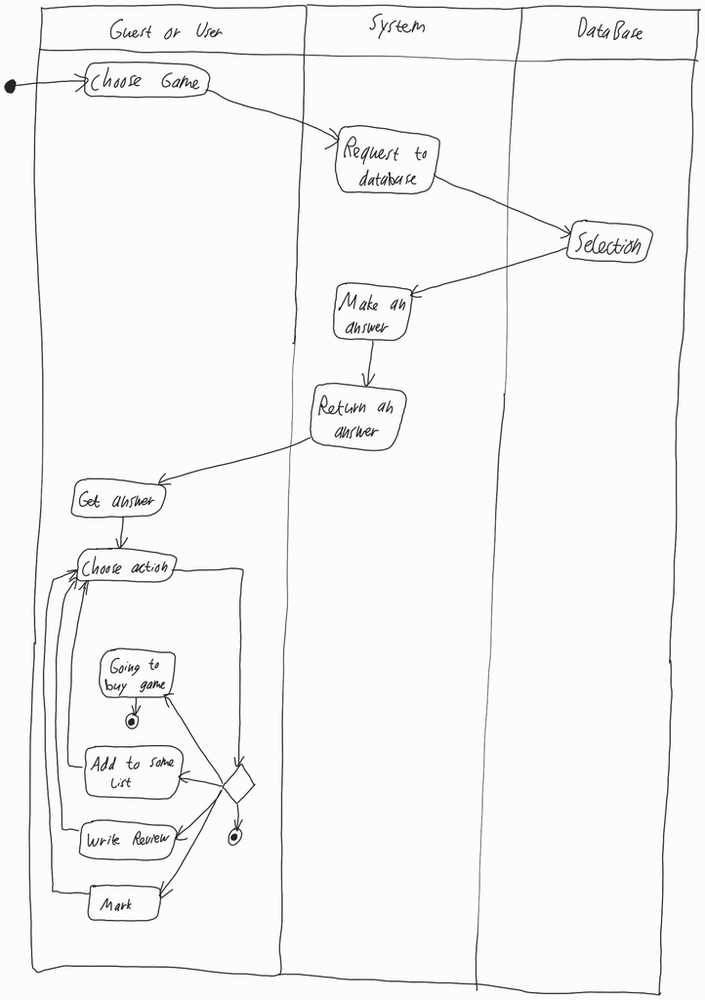
Diagram type: activity_diagram
```plantuml
@startuml

|Guest or User|

start

:Choose Game;

|System|

:Request to database;

|DataBase|

:Selection;

|System|

:Make an answer;
:Return an answer;

|Guest or User|

:Get answer;

repeat:Choose action;

switch ()
  case ()
    stop
  case ()
    :Going to buy game;
    stop
  case ()
    :Add to some list;
  case ()
    :Write Review;
  case ()
    :Mark;
endswitch

repeat while ()

@enduml
```